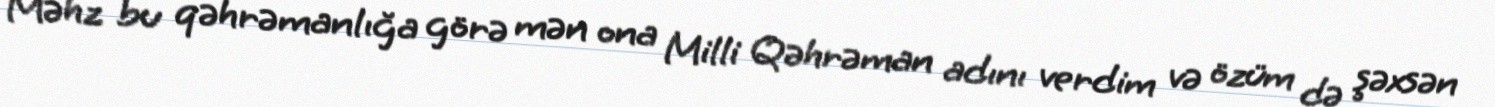
Məhz bu qəhrəmanlığa görə mən ona Milli Qəhrəman adını verdim və özüm də şəxsən